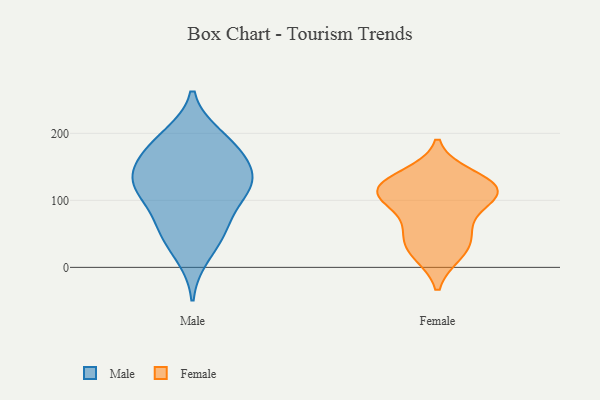
{"axis": {"x": "Temperature (°C)", "y": "Value"}, "legend": ["Female", "Male"], "data": [{"x": "", "y": 17, "type": "Male"}, {"x": "", "y": 62, "type": "Male"}, {"x": "", "y": 147, "type": "Male"}, {"x": "", "y": 196, "type": "Male"}, {"x": "", "y": 114, "type": "Male"}, {"x": "", "y": 112, "type": "Male"}, {"x": "", "y": 166, "type": "Male"}, {"x": "", "y": 191, "type": "Male"}, {"x": "", "y": 178, "type": "Male"}, {"x": "", "y": 54, "type": "Male"}, {"x": "", "y": 109, "type": "Male"}, {"x": "", "y": 138, "type": "Male"}, {"x": "", "y": 120, "type": "Male"}, {"x": "", "y": 140, "type": "Male"}, {"x": "", "y": 55, "type": "Male"}, {"x": "", "y": 136, "type": "Female"}, {"x": "", "y": 123, "type": "Female"}, {"x": "", "y": 25, "type": "Female"}, {"x": "", "y": 51, "type": "Female"}, {"x": "", "y": 113, "type": "Female"}, {"x": "", "y": 21, "type": "Female"}, {"x": "", "y": 103, "type": "Female"}, {"x": "", "y": 118, "type": "Female"}, {"x": "", "y": 98, "type": "Female"}, {"x": "", "y": 117, "type": "Female"}, {"x": "", "y": 55, "type": "Female"}]}